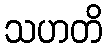
သဟတိ